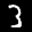
Label: 3